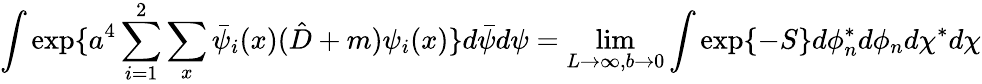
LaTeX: \int\exp\{ a^{4}\sum_{i=1}^{2}\sum_{x}\bar{\psi}_{i}(x)(\hat{D}+m)\psi_{i}(x)\} d\bar{\psi}d\psi=\operatorname*{lim}_{L\rightarrow\infty,b\rightarrow 0}\int\exp\{ -S\} d\phi_{n}^{*}d\phi_{n}d\chi^{*}d\chi